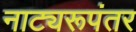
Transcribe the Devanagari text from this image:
नाट्यरूपंतर